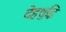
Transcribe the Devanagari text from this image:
देहशुद्धि